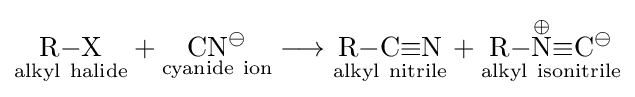
{{\underset {\mathrm {alkyl} \ \mathrm {halide} }{\mathrm {R} {-}\mathrm {X} }}{}+{}{\underset {\mathrm {cyanide} \ \mathrm {ion} }{\mathrm {CN} {\vphantom {A}}^{\ominus }}}{}\mathrel {\longrightarrow } {}{\underset {\mathrm {alkyl} \ \mathrm {nitrile} }{\mathrm {R} {-}\mathrm {C} {\equiv }\mathrm {N} }}{}+{}{\underset {\mathrm {alkyl} \ \mathrm {isonitrile} }{\mathrm {R} {-}{\overset {\oplus }{\mathrm {N} }}{\equiv }\mathrm {C} {\vphantom {A}}^{\ominus }}}}